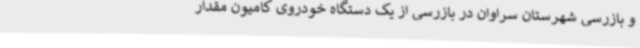
و بازرسی شهرستان سراوان در بازرسی از یک دستگاه خودروی کامیون مقدار